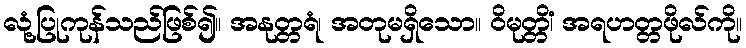
လုံ့ပြုကုန်သည်ဖြစ်၍။ အနုတ္တရံ၊ အတုမရှိသော။ ဝိမုတ္တိံ၊ အရဟတ္တဖိုလ်ကို။